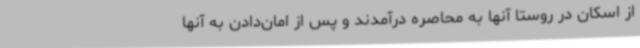
از اسکان در روستا آنها به محاصره درآمدند و پس از امان‌دادن به آنها